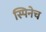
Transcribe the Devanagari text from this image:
स्पिनेच